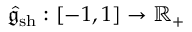
\hat { \mathfrak { g } } _ { \mathrm { s h } } : [ - 1 , 1 ] \to \mathbb { R } _ { + }